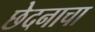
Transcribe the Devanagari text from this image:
छेदनाचा